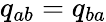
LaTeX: {q}_{ab}={q}_{ba}